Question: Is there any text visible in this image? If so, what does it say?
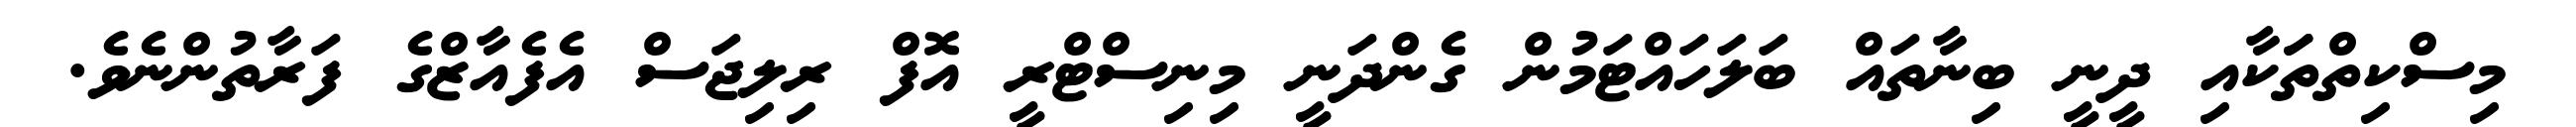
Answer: މިސްކިތްތަަކާއި ދީނީ ބިނާތައް ބަލަހައްޓަމުން ގެންދަނީ މިނިސްޓްރީ އޮފް ރިލިޖަސް އެފެއާޒްގެ ފަރާތުންނެވެ.